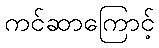
ကင်ဆာကြောင့်